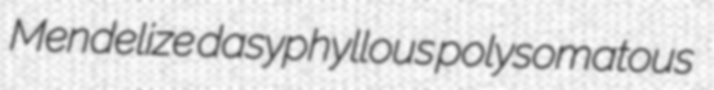
Mendelize dasyphyllous polysomatous